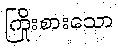
ကြိုးစားသော